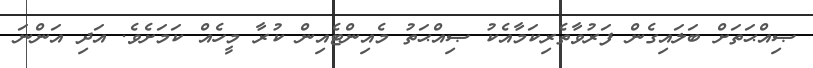
ޞިއްޙަތަށް ބަލައިގެން ފަރުވާތެރިކަމާއެކު ޞިއްޙަތު މެއިންޓެއިން ކުރާ މީހެއް ކަމަށެވެ. އަދި އަންނަ